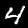
Label: 4